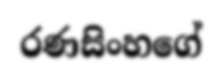
රණසිංහගේ